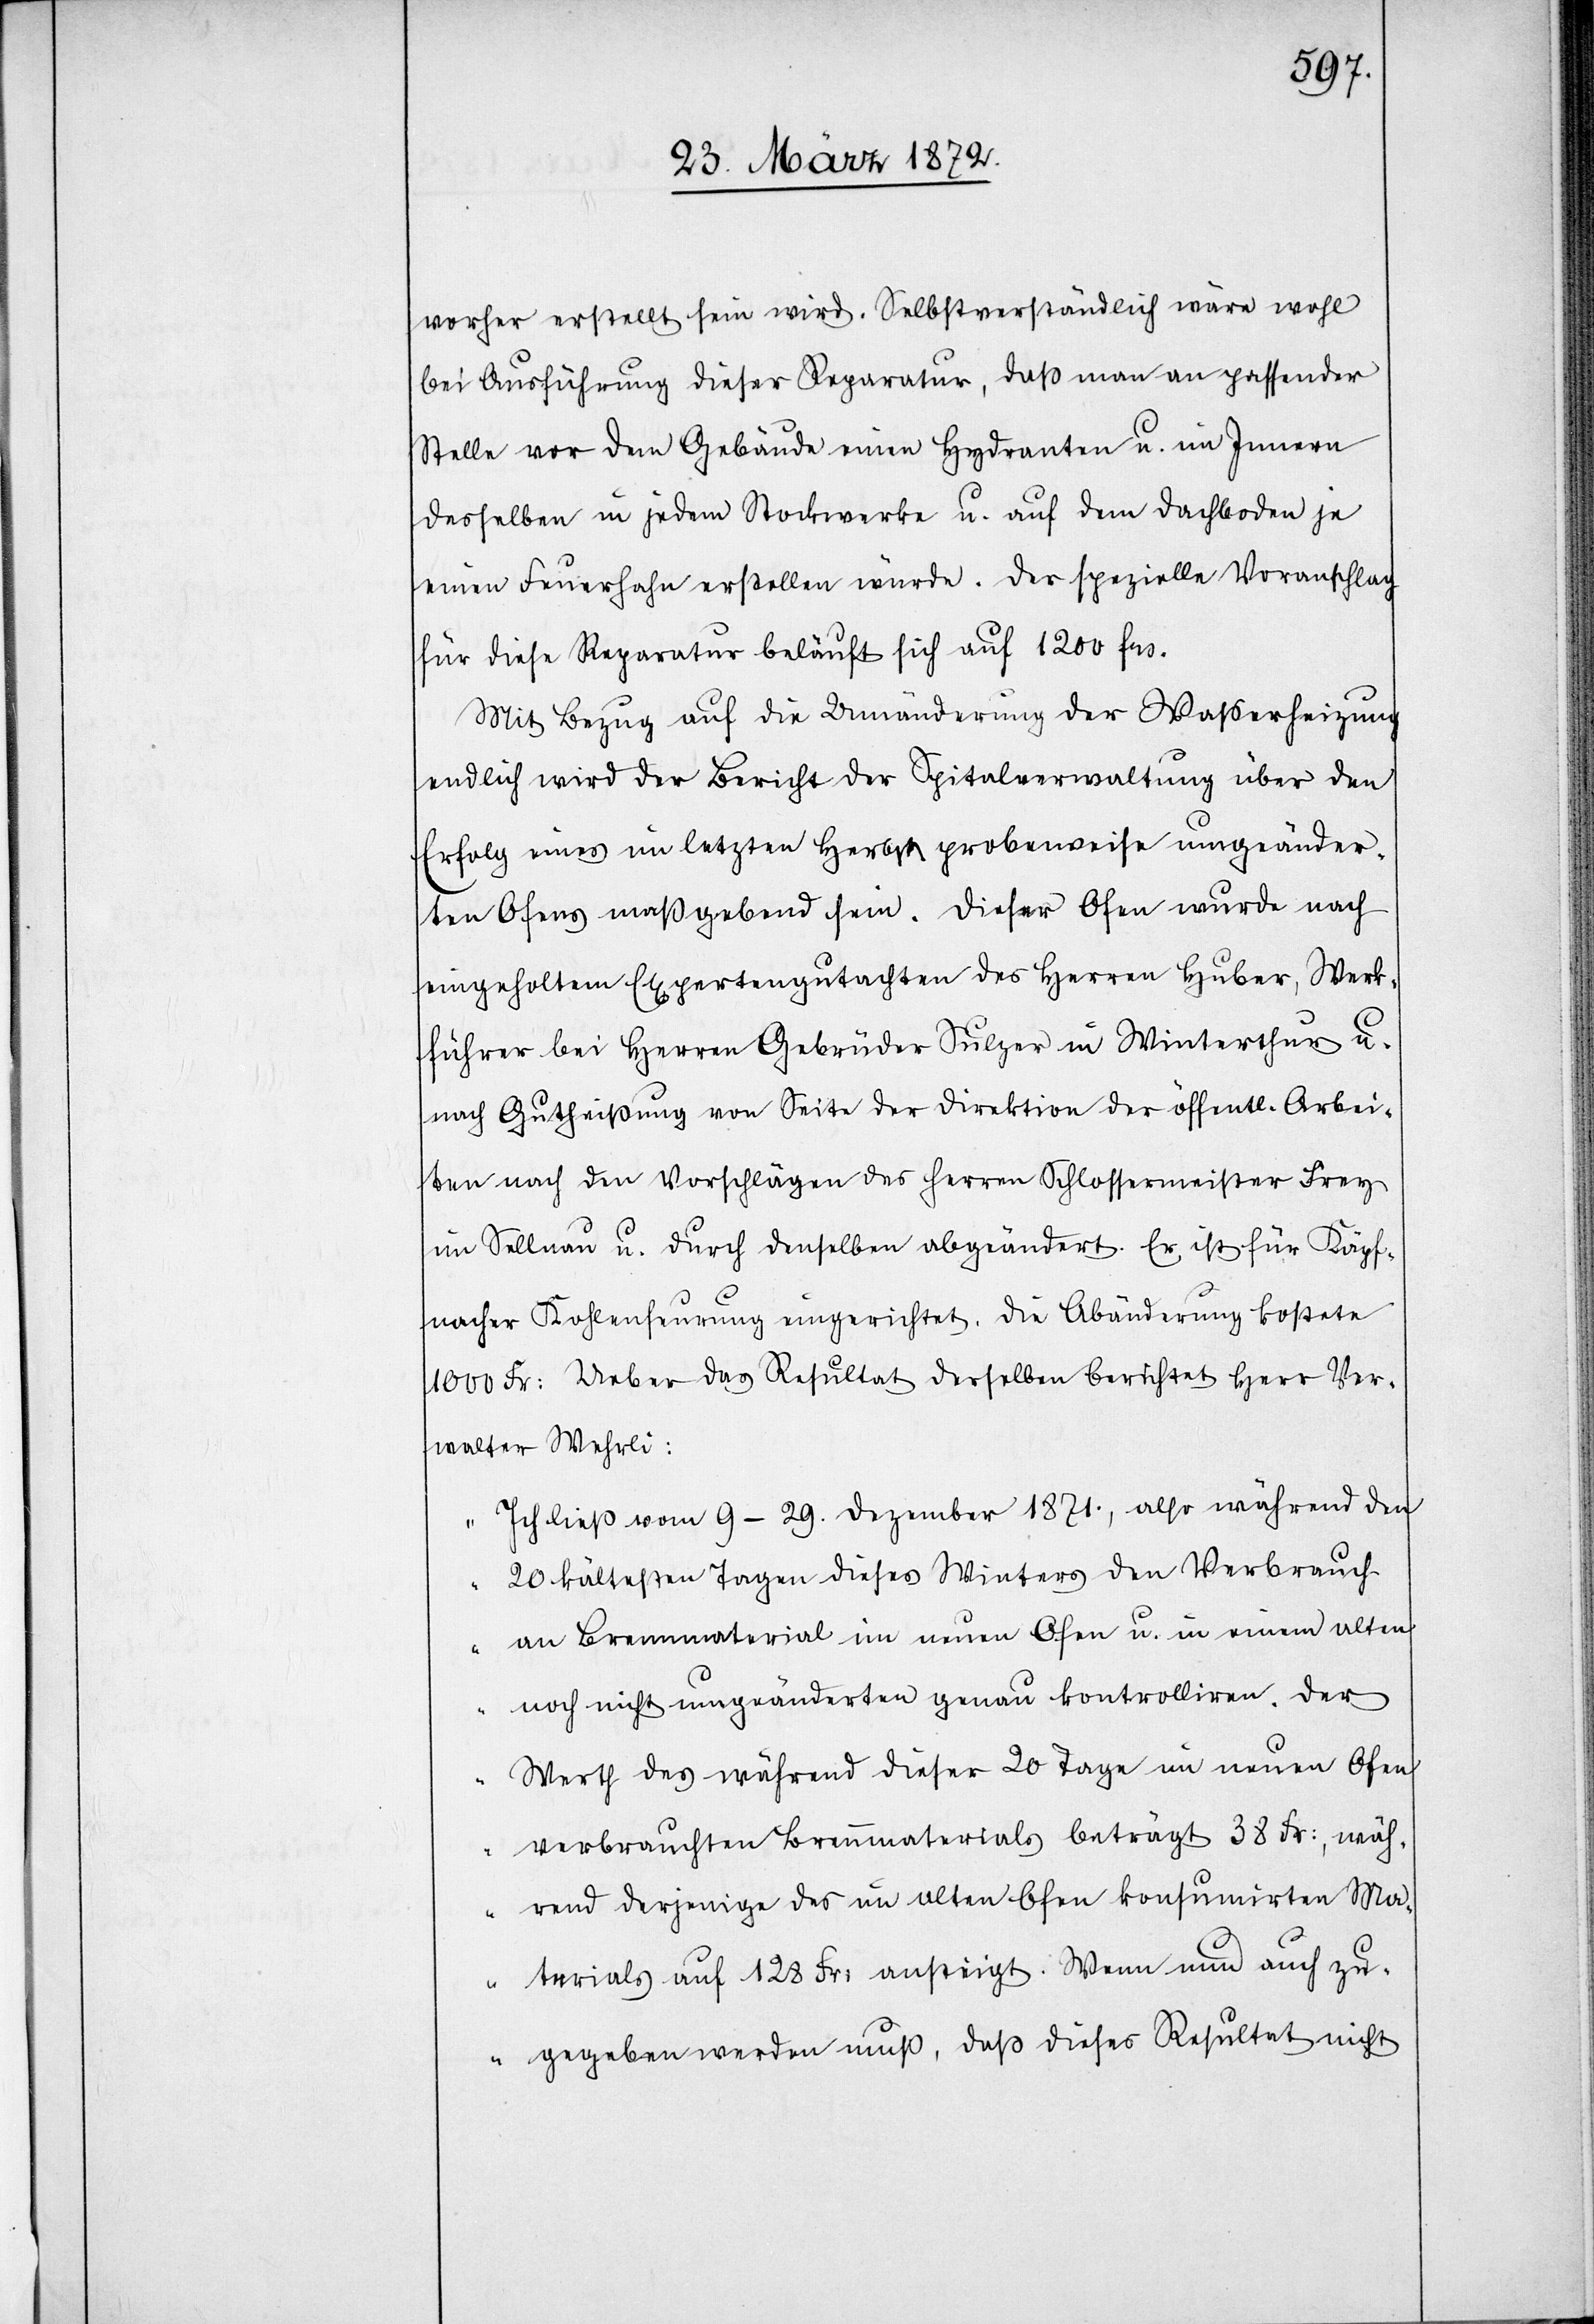
vorher erstellt sein wird. Selbstverständlich wäre wohl
bei Ausführung dieser Reparatur, daß man an passender
Stelle vor dem Gebäude einen Hydranten u. im Innern
desselben in jedem Stockwerke u. auf dem Dachboden je
einen Feuerhahn erstellen würde. Der spezielle Voranschlag
für diese Reparatur beläuft sich auf 1200 frs.
Mit Bezug auf die Umänderung der Wasserheizung
endlich wird der Bericht der Spitalverwaltung über den
Erfolg eines im letzten Herbst probenweise umgeänder¬
ten Ofens maßgebend sein. Dieser Ofen wurde nach
eingeholten Expertengutachten des Herren Huber, Werk¬
führer bei Herren Gebrüder Sulzer in Winterthur u.
nach Gutheißung von Seite der Direktion der öffentlichen Arbei¬
ten nach den Vorschlägen des Herren Schlossermeister Frey
im Sellnau u. durch denselben abgeändert. Er ist für Käpf¬
nacher Kohlenfeurung eingerichtet. Die Abänderung kostete
1000 Fr: Ueber das Resultat derselben berichtet Herr Ver¬
walter Wehrli:
„Ich ließ vom 9–29. Dezember 1871., also während den
20 kältesten Tagen dieses Winters den Verbrauch
an Brennmaterial im neuen Ofen u. in einem alten
noch nicht umgeänderten genau kontrolliren. Der
Werth des während dieser 20 Tage im neuen Ofen
verbrauchten Brennmaterials beträgt 38 Fr., wäh¬
rend derjenige des im alten Ofen konsumirten Ma¬
terials auf 128 Fr: ansteigt. Wenn nun auch zu¬
gegeben werden muß, daß dieses Resultat nicht